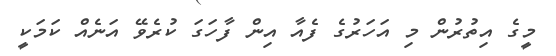
މީގެ އިތުރުން މި އަހަރުގެ ފެއާ އިން ފާހަގަ ކުރެވޭ އަނެއް ކަމަކީ